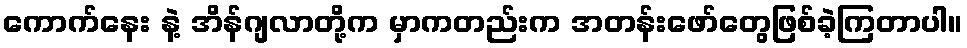
ကောက်နေး နဲ့ အိန်ဂျလာတို့က မှာကတည်းက အတန်းဖော်တွေဖြစ်ခဲ့ကြတာပါ။